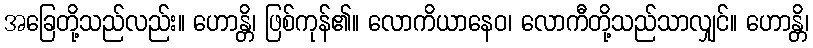
အခြေတို့သည်လည်း။ ဟောန္တိ၊ ဖြစ်ကုန်၏။ လောကိယာနေဝ၊ လောကီတို့သည်သာလျှင်။ ဟောန္တိ၊